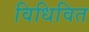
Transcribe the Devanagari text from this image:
विधिवित